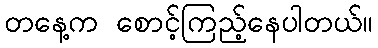
တနေ့က စောင့်ကြည့်နေပါတယ်။